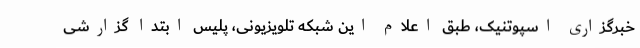
خبرگزاری اسپوتنیک، طبق اعلام این شبکه تلویزیونی، پلیس ابتدا گزارشی